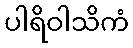
ပါရိဝါသိကံ